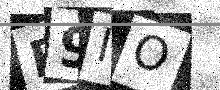
Text: B9IO